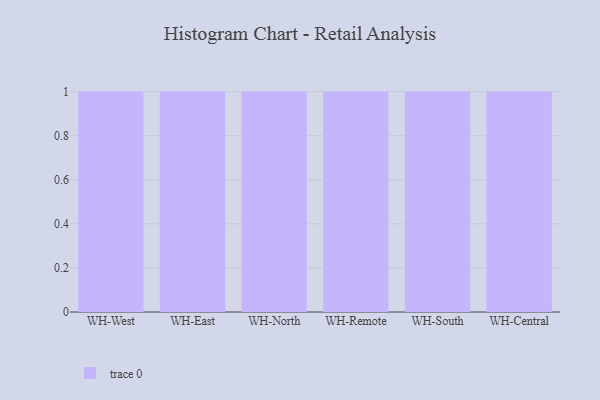
{"axis": {"x": "Warehouse", "y": "Headcount"}, "legend": [""], "data": [{"x": "WH-West", "y": 73, "type": ""}, {"x": "WH-East", "y": 28, "type": ""}, {"x": "WH-North", "y": 30, "type": ""}, {"x": "WH-Remote", "y": 12, "type": ""}, {"x": "WH-South", "y": 18, "type": ""}, {"x": "WH-Central", "y": 70, "type": ""}]}